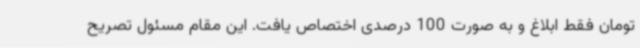
تومان فقط ابلاغ و به صورت 100 درصدی اختصاص یافت. این مقام مسئول تصریح